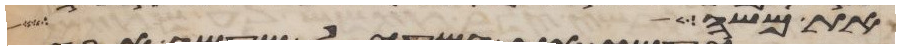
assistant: את משה כן עשו בני